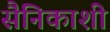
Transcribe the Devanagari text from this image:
सैनिकाशी